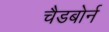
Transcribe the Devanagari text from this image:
चैडबोर्न